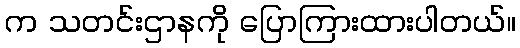
က သတင်းဌာနကို ပြောကြားထားပါတယ်။